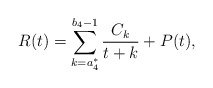
\begin{align*}R(t)=\sum_{k=a_4^*}^{b_4-1}\frac{C_k}{t+k}+P(t),\end{align*}